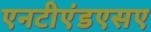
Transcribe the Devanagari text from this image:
एनटीएंडएसए